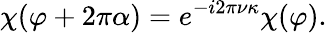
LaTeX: \chi(\varphi+2\pi\alpha)=e^{-i2\pi\nu\kappa}\chi(\varphi).